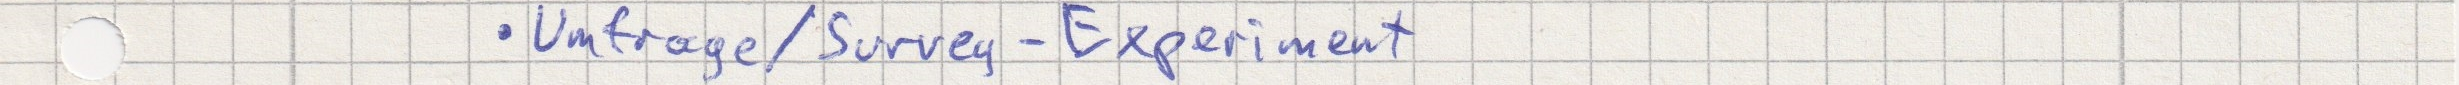
- Umfrage / Survey - Experiment